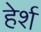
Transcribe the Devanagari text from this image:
हेर्श